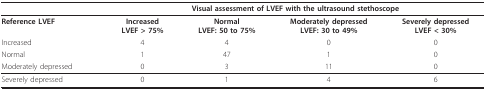
<table><thead><tr><td></td><td colspan="4"><b>Visual assessment of LVEF with the ultrasound stethoscope</b></td></tr></thead><tbody><tr><td><b>Reference LVEF</b></td><td><b>Increased</b><b>LVEF &gt; 75%</b></td><td><b>Normal</b><b>LVEF: 50 to 75%</b></td><td><b>Moderately depressed</b><b>LVEF: 30 to 49%</b></td><td><b>Severely depressed</b><b>LVEF &lt; 30%</b></td></tr><tr><td>Increased</td><td>4</td><td>4</td><td>0</td><td>0</td></tr><tr><td>Normal</td><td>1</td><td>47</td><td>1</td><td>0</td></tr><tr><td>Moderately depressed</td><td>0</td><td>3</td><td>11</td><td>0</td></tr><tr><td>Severely depressed</td><td>0</td><td>1</td><td>4</td><td>6</td></tr></tbody></table>